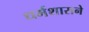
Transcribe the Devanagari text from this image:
धर्मशासने